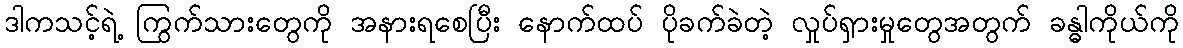
ဒါကသင့်ရဲ့ ကြွက်သားတွေကို အနားရစေပြီး နောက်ထပ် ပိုခက်ခဲတဲ့ လှုပ်ရှားမှုတွေအတွက် ခန္ဓါကိုယ်ကို